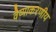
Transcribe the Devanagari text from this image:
वैय्याकरणीय